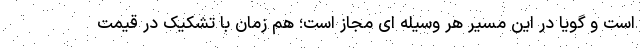
است و گویا در این مسیر هر وسیله ای مجاز است؛ هم زمان با تشکیک در قیمت